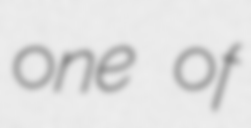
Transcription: one of